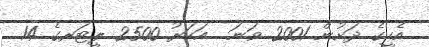
އެހީގެ ދަށުން 2001 ވަނަ  އަހަރު 2500 ލީޓަރގެ 14